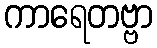
ကာရေတဗ္ဗာ